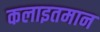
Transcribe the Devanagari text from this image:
कलाइतमान